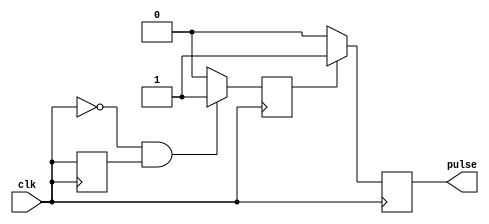
module FallingEdgePulseGenerator (
    input wire clk,
    output reg pulse
);

reg last_clk;
reg rising_edge_detected;

always @(posedge clk) begin
    // Detect falling edge of the clock signal
    if (!clk && last_clk) begin
        rising_edge_detected <= 1;
    end else begin
        rising_edge_detected <= 0;
    end
    last_clk <= clk;
end

always @(posedge clk) begin
    // Generate single pulse signal on falling edge
    if (rising_edge_detected) begin
        pulse <= 1;
    end else begin
        pulse <= 0;
    end
end

endmodule